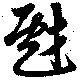
戲